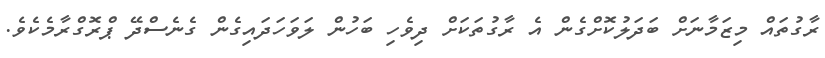
ރާގުތައް މިޒަމާނަށް ބަދަލުކޮށްގެން އެ ރާގުތަކަށް ދިވެހި ބަހުން ލަވަހަދައިގެން ގެނެސްދޭ ޕްރޮގްރާމެކެވެ.